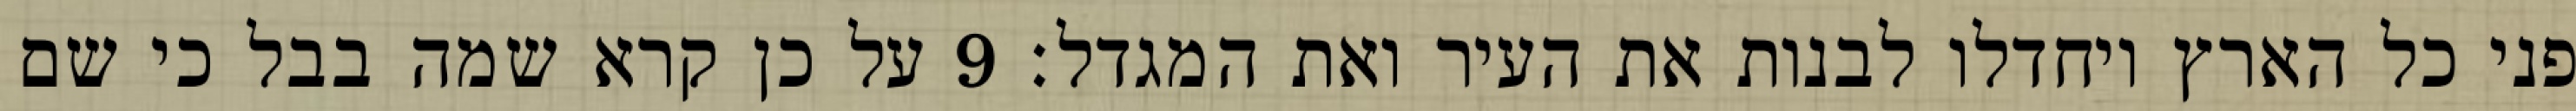
פני כל הארץ ויחדלו לבנות את העיר ואת המגדל׃ ‎9‏ על כן קרא שמה בבל כי שם